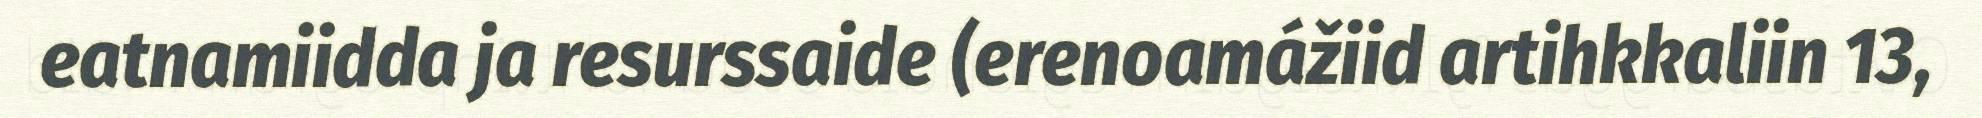
eatnamiidda ja resurssaide (erenoamážiid artihkkaliin 13,